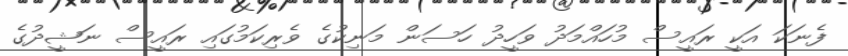
ފެނަކަ އަކީ ރައީސް މުހައްމަދު ވަހީދު ހަސަން މަނިކުގެ ވެރިކަމުގައި ރައީސް ނަޝީދުގެ